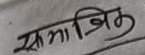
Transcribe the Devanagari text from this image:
सामाजिक